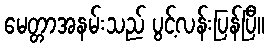
မေတ္တာအနမ်းသည် ပွင့်လန်းပြန်ပြီ။